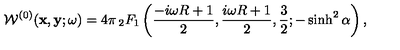
{ \cal W } ^ { ( 0 ) } ( { \bf x } , { \bf y } ; \omega ) = 4 \pi \mathop { _ 2 F _ { 1 } } \left( \frac { - i \omega R + 1 } { 2 } , \frac { i \omega R + 1 } { 2 } , \frac { 3 } { 2 } ; - \sinh ^ { 2 } \alpha \right) ,